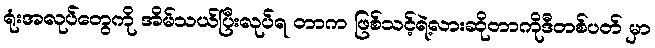
ရုံးအလုပ်တွေကို အိမ်သယ်ပြီးလုပ်ရ တာက ဖြစ်သင့်ရဲ့လားဆိုတာကိုဒီတစ်ပတ် မှာ